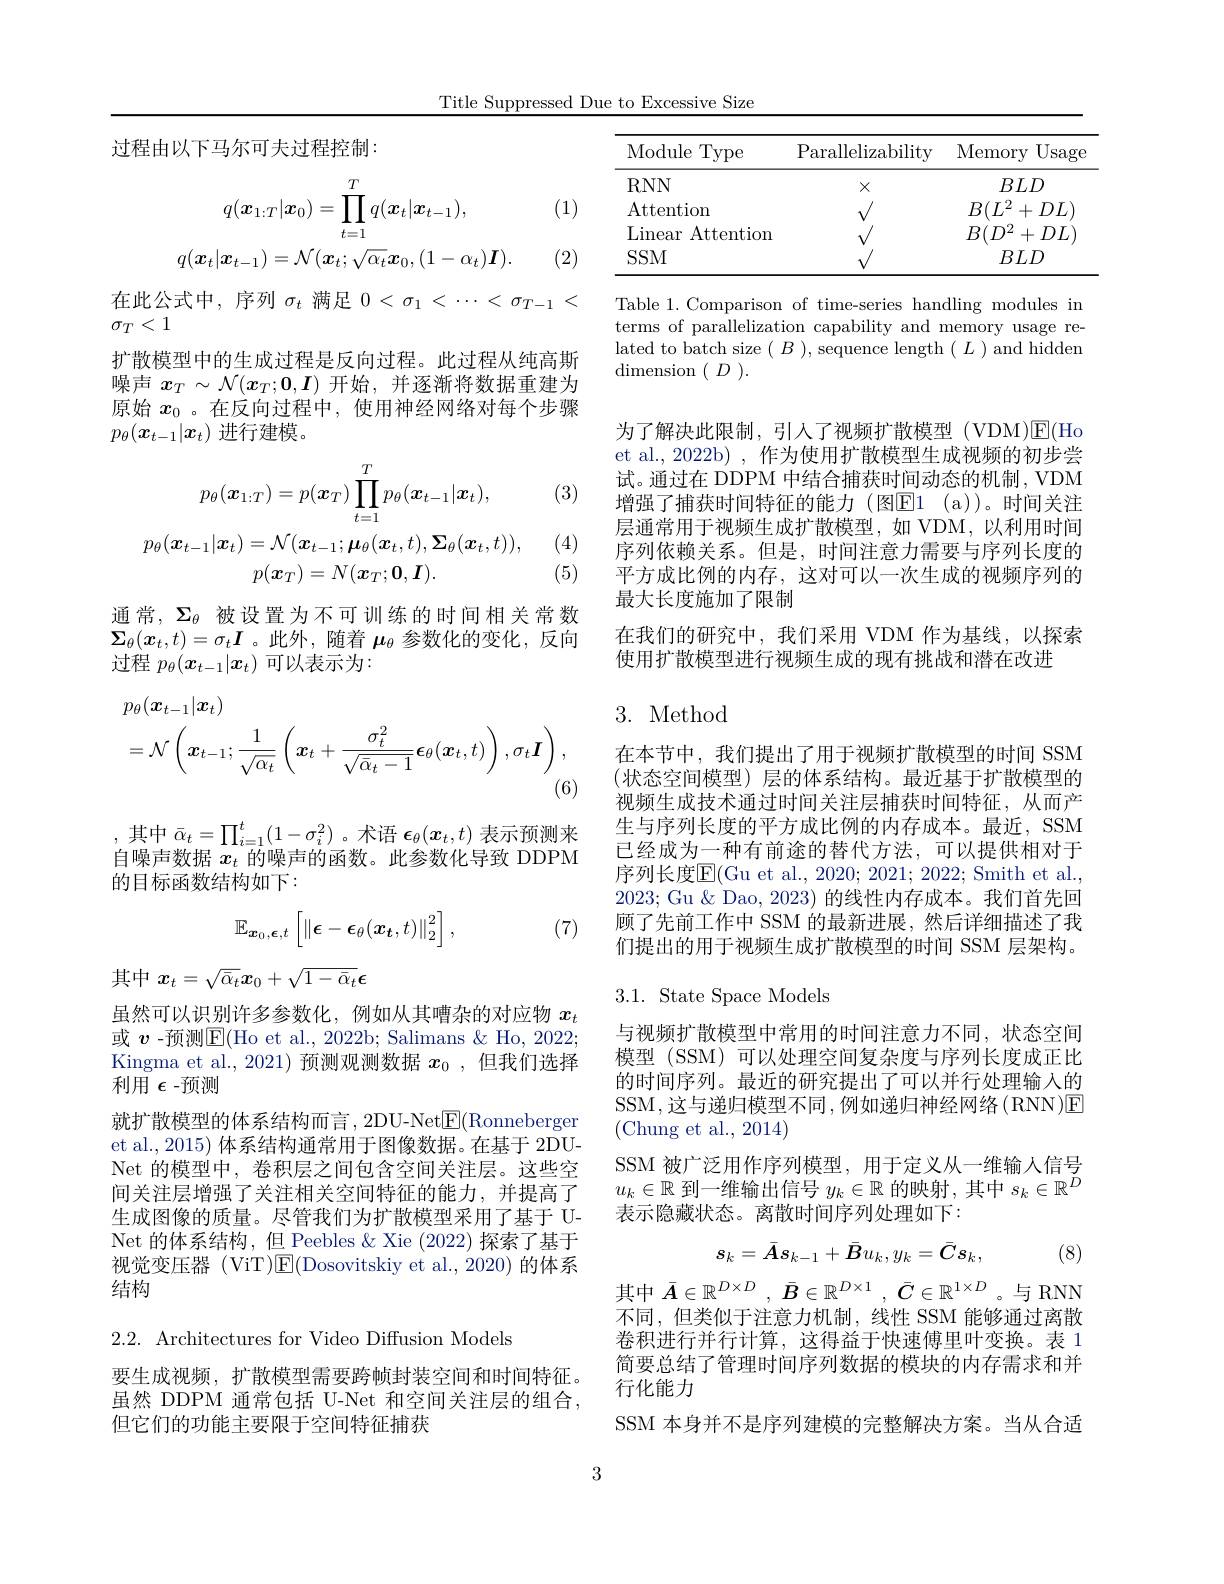
Title Suppressed Due to Excessive Size

过程由以下马尔可夫过程控制：
$$q(\boldsymbol{x}_{1:T}|\boldsymbol{x}_{0})=\prod_{t=1}^{T}q(\boldsymbol{x}_{t}|\boldsymbol{x}_{t-1}),\\q(\boldsymbol{x}_{t}|\boldsymbol{x}_{t-1})=\mathcal{N}(\boldsymbol{x}_{t};\sqrt{\alpha_{t}}\boldsymbol{x}_{0},(1-\alpha_{t})\boldsymbol{I}).$$
在此公式中，序列$\sigma_t$满足$0<\sigma_1<\cdots<\sigma_{T-1}<$
$\sigma_T<1$
扩散模型中的生成过程是反向过程。此过程从纯高斯噪声$x_T\sim\mathcal{N}(\boldsymbol{x}_T;\mathbf{0},\boldsymbol{I})$开始，并逐渐将数据重建为原始$x_0$ 。在反向过程中，使用神经网络对每个步骤$p_\theta(\boldsymbol{x}_{t-1}|\boldsymbol{x}_t)$进行建模。

(3)
$$p_{\theta}(\boldsymbol{x}_{1:T})=p(\boldsymbol{x}_{T})\prod_{t=1}^{T}p_{\theta}(\boldsymbol{x}_{t-1}|\boldsymbol{x}_{t}),\\p_{\theta}(\boldsymbol{x}_{t-1}|\boldsymbol{x}_{t})=\mathcal{N}(\boldsymbol{x}_{t-1};\boldsymbol{\mu}_{\theta}(\boldsymbol{x}_{t},t),\boldsymbol{\Sigma}_{\theta}(\boldsymbol{x}_{t},t)),\\p(\boldsymbol{x}_{T})=N(\boldsymbol{x}_{T};\boldsymbol{0},\boldsymbol{I}).$$
(4) (5)

通常，$\Sigma_\theta$被设置为不可训练的时间相关常数$\boldsymbol{\Sigma}_\theta(\boldsymbol{x}_t,t)=\sigma_t\boldsymbol{I}$ 。此外 ,随着$\boldsymbol\mu_\theta$参数化的变化，反向过程$p_\theta(x_{t-1}|x_t)$可以表示为：
$$\begin{aligned}&p_{\theta}(\boldsymbol{x}_{t-1}|\boldsymbol{x}_{t})\\&=\mathcal{N}\left(\boldsymbol{x}_{t-1};\frac{1}{\sqrt{\alpha_{t}}}\left(\boldsymbol{x}_{t}+\frac{\sigma_{t}^{2}}{\sqrt{\bar{\alpha}_{t}-1}}\boldsymbol{\epsilon}_{\theta}(\boldsymbol{x}_{t},t)\right),\sigma_{t}\boldsymbol{I}\right),\end{aligned}$$
,其中$\bar{\alpha}_t=\prod_{i=1}^t(1-\sigma_i^2)$ 。术语$\epsilon_\theta(x_t,t)$表示预测来自噪声数据$x_t$的噪声的函数。此参数化导致 DDPM 的目标函数结构如下：

(7)
$$\mathbb{E}_{\boldsymbol{x}_0,\boldsymbol{\epsilon},t}\left[\left\|\boldsymbol{\epsilon}-\boldsymbol{\epsilon}_\theta(\boldsymbol{x}_t,t)\right\|_2^2\right],$$
其中$x_t=\sqrt{\bar{\alpha}_t}\boldsymbol{x}_0+\sqrt{1-\bar{\alpha}_t}\boldsymbol{\epsilon}$

虽然可以识别许多参数化，例如从其嘈杂的对应物$x_{t}$ 或 $v$ -预测$\overline{\mathrm{E}}($Ho et al., 2022b; Salimans & Ho, 2022; Kingma et al.,2021)预测观测数据$x_0$ ,但我们选择利用$\epsilon$ -预测
就扩散模型的体系结构而言，2DU-Net$\underline{\mathrm{E}}($Ronneberger et al., 2015) 体系结构通常用于图像数据。在基于 2DUNet 的模型中，卷积层之间包含空间关注层。这些空间关注层增强了关注相关空间特征的能力，并提高了生成图像的质量。尽管我们为扩散模型采用了基于 UNet 的体系结构，但 Peebles $\&$ Xie (2022)探索了基于视觉变压器 (ViT)$\underline{\mathrm{E}}($Dosovitskiy et al.,2020)的体系结构

2.2. Architectures for Video Diffusion Models

要生成视频，扩散模型需要跨帧封装空间和时间特征。虽然 DDPM 通常包括 U-Net 和空间关注层的组合， 但它们的功能主要限于空间特征捕获

<table>
	<tbody>
		<tr>
			<th> </th>
			<th>Module $\ni$Type</th>
			<th>Parallelizability</th>
			<th>Memory Usag$\epsilon$</th>
		</tr>
		<tr>
			<td> </td>
			<td>$RNN$</td>
			<td>$X$</td>
			<td>$BLD$</td>
		</tr>
		<tr>
			<td> </td>
			<td>$SSM$</td>
			<td> </td>
			<td>$BLD$</td>
		</tr>
	</tbody>
</table>

Table 1.Comparison of time-series handling modules in terms of parallelization capability and memory usage related to batch size $(B)$,sequence length $(L)$ and hidden $\operatorname{dimension}(\begin{array}{c}{D}\end{array}).$

为了解决此限制，引人了视频扩散模型(VDM)$\mathsf{E}($Ho et al., 2022b), 作为使用扩散模型生成视频的初步尝试。通过在 DDPM 中结合捕获时间动态的机制 , VDM 增强了捕获时间特征的能力(图$\mathbb{E} 1$ (a))。时间关注层通常用于视频生成扩散模型，如 VDM,以利用时间序列依赖关系。但是，时间注意力需要与序列长度的平方成比例的内存，这对可以一次生成的视频序列的最大长度施加了限制
在我们的研究中，我们采用 VDM 作为基线，以探索
使用扩散模型进行视频生成的现有挑战和潜在改进

## 3. Method

在本节中，我们提出了用于视频扩散模型的时间 SSM (状态空间模型)层的体系结构。最近基于扩散模型的视频生成技术通过时间关注层捕获时间特征，从而产生与序列长度的平方成比例的内存成本。最近，SSM 已经成为一种有前途的替代方法，可以提供相对于序列长度$\overline{\mathrm{E}}($Gu et al., 2020; 2021; 2022; Smith et al. 2023; Gu &Dao, 2023) 的线性内存成本。我们首先回顾了先前工作中 SSM 的最新进展，然后详细描述了我们提出的用于视频生成扩散模型的时间 SSM 层架构。

## 3.1. State Space Models

与视频扩散模型中常用的时间注意力不同，状态空间模型 (SSM) 可以处理空间复杂度与序列长度成正比的时间序列。最近的研究提出了可以并行处理输入的SSM,这与递归模型不同，例如递归神经网络(RNN)E (Chung et al., 2014)
SSM 被广泛用作序列模型，用于定义从一维输入信号$u_k\in\mathbb{R}$到一维输出信号$y_k\in\mathbb{R}$的映射，其中$s_k\in\mathbb{R}^D$ 表示隐藏状态。离散时间序列处理如下：

(8)
$$s_k=\bar{A}s_{k-1}+\bar{B}u_k,y_k=\bar{C}s_k,$$
$$\bar{A}\in\mathbb{R}^{D\times D}\:,\:\bar{B}\in\mathbb{R}^{D\times1}\:,\:\bar{C}\in\mathbb{R}^{1\times D}$$
不同，但类似于注意力机制，线性 SSM 能够通过离散卷积进行并行计算，这得益于快速傅里叶变换。表 1简要总结了管理时间序列数据的模块的内存需求和并行化能力
SSM 本身并不是序列建模的完整解决方案。当从合适

3